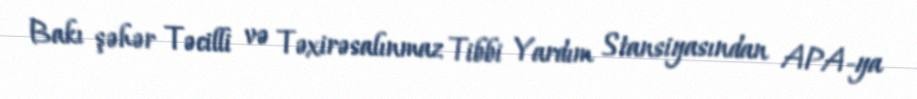
Bakı şəhər Təcilli və Təxirəsalınmaz Tibbi Yardım Stansiyasından APA-ya